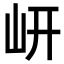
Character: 岍